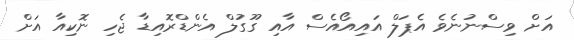
އަށް ވިސްނުނެވެ އެޕަލް އައިއޯއެސް އާއި ގޫގުލް އެންޑްރޮއިޑާ ޖެހި ނޮކިއާ އަށް